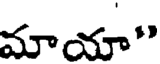
మాయా"